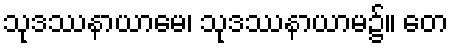
သုဒဿနာယာမေ၊ သုဒဿနာယာမ၌။ တေ